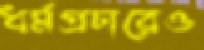
ধর্মপ্রচারেও